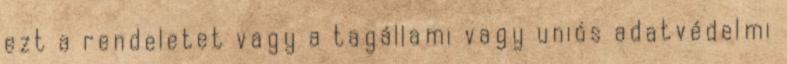
ezt a rendeletet vagy a tagállami vagy uniós adatvédelmi